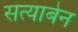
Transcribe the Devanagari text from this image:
सत्याबेन